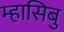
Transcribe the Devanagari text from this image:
म्हासिबु